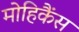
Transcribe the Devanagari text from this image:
मोहिकैंस